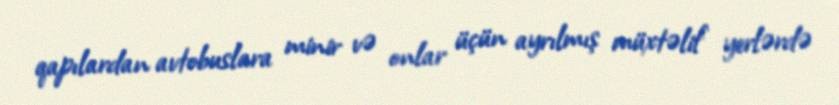
qapılardan avtobuslara minir və onlar üçün ayrılmış müxtəlif yerlərdə